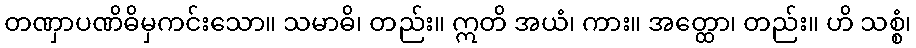
တဏှာပဏိဓိမှကင်းသော။ သမာဓိ၊ တည်း။ ဣတိ အယံ၊ ကား။ အတ္ထော၊ တည်း။ ဟိ သစ္စံ၊